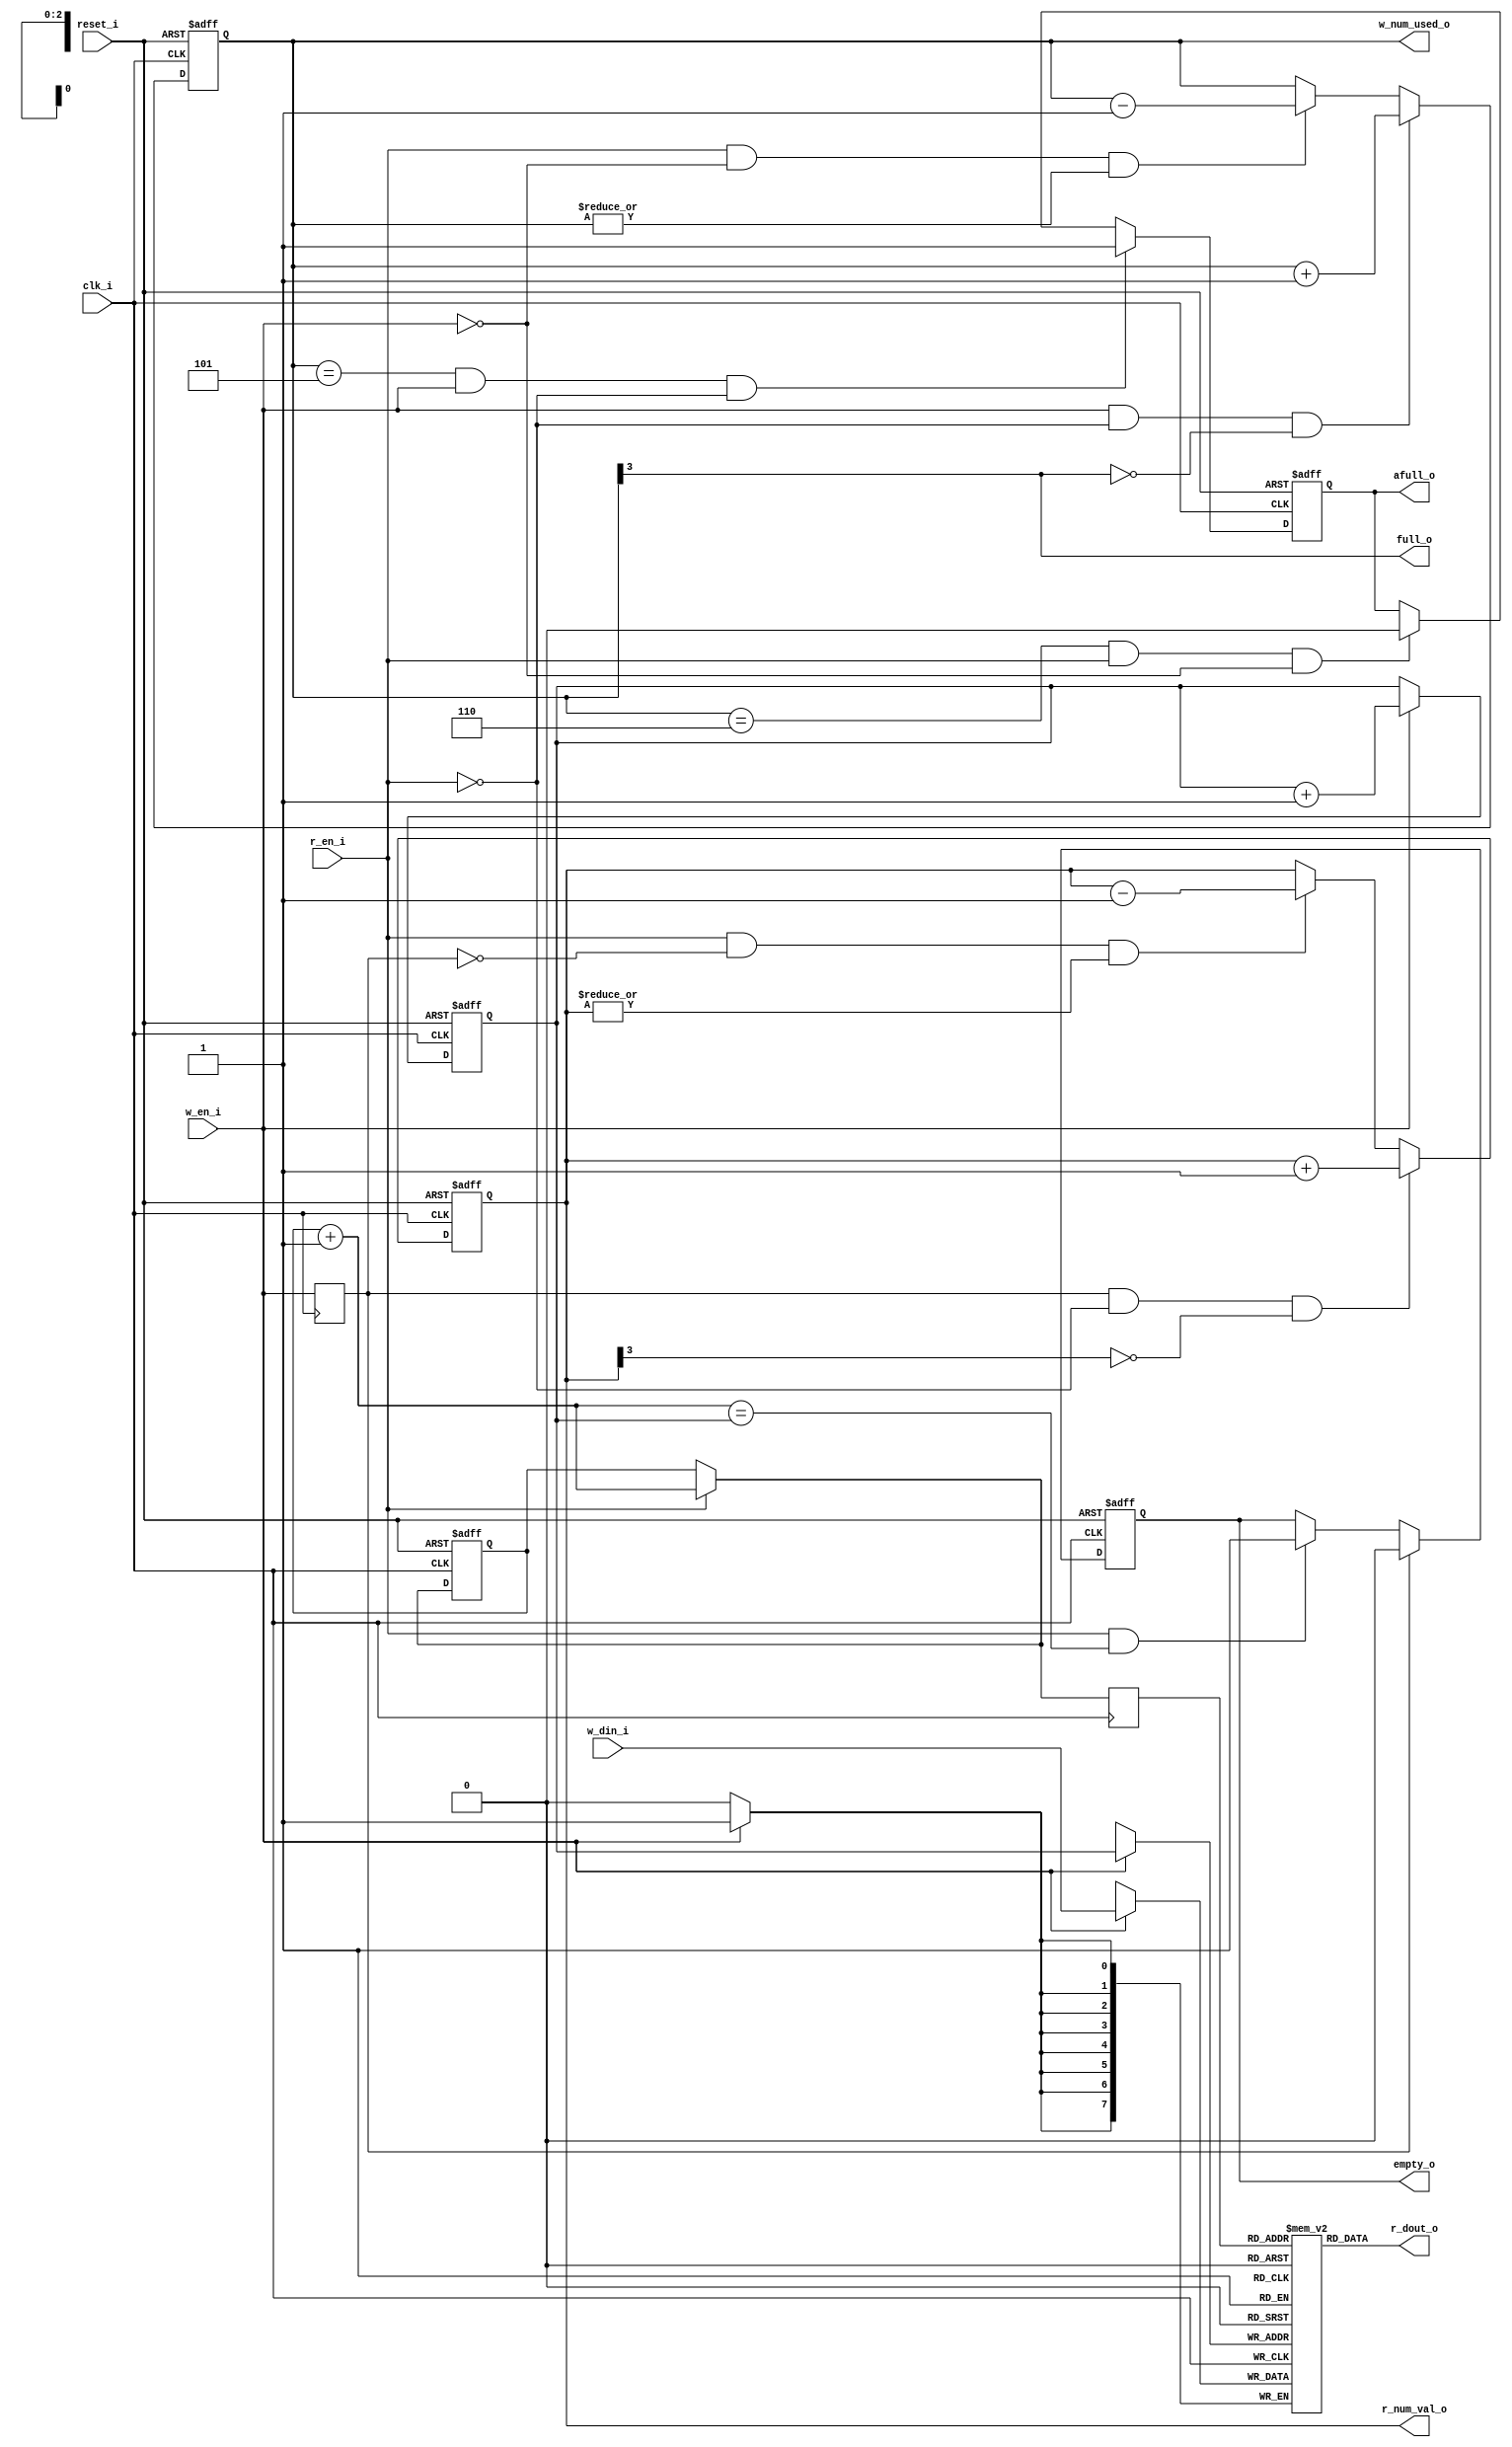
/* ============================================================
*
* Author(s):    chenfei
*				chenfei@cn.ibm.com
*
* 
* Description:  show-ahead	synchronous fifo
* ===========================================================*/

//	show-ahead	synchronous fifo

`timescale 1ns/100ps

module SYNC_FIFO_WRAPPER
(
	reset_i,
	clk_i,

	w_en_i,
	w_din_i,
	w_num_used_o,			// how many line has been used

	r_en_i,
	r_dout_o,
	r_num_val_o,			// how many line can be read

	afull_o,
	full_o,
	empty_o
);

parameter aw = 3;
parameter dw = 8;
parameter afull_t = 6;

input					reset_i;
input					clk_i;
input					w_en_i;
input	[dw-1:0]		w_din_i;
output	[aw:0]			w_num_used_o;
input					r_en_i;
output	[dw-1:0] 		r_dout_o;
output	[aw:0]			r_num_val_o;
output					afull_o;
output					full_o;
output					empty_o;


reg		[aw:0]			w_num_used_o;
reg		[aw:0]			r_num_val_o;
wire					full_o;
reg						afull_o;
reg						empty_o;


reg						w_en_dly;
wire	[aw-1:0]		write_addr;
wire	[aw-1:0]		read_addr;


reg		[aw-1:0]		raddr;
wire	[aw-1:0]		raddr_next;
reg		[aw-1:0]		waddr;
wire	[aw-1:0]		waddr_next;


assign	write_addr [aw-1:0]	= waddr [aw-1:0];
assign	waddr_next [aw-1:0]	= waddr [aw-1:0] + 1;
assign	raddr_next [aw-1:0]	= raddr [aw-1:0] + 1;
assign	read_addr [aw-1:0]	= r_en_i ? raddr_next [aw-1:0] : raddr [aw-1:0];  


always	@ (posedge clk_i)
	w_en_dly	<= w_en_i;


always	@ (posedge clk_i or posedge reset_i)
begin
	if (reset_i)
		waddr	<= 0;
	else if (w_en_i)
    	waddr 	<= waddr_next;
end


always	@ (posedge clk_i or posedge reset_i)
begin
	if (reset_i)
		raddr	<= 0;
	else if (r_en_i)
    	raddr 	<= raddr_next;
end

assign	full_o = w_num_used_o [aw];

always	@ (posedge clk_i or posedge reset_i)
begin
	if (reset_i)
		empty_o	<= 1;
	else if (w_en_dly)
		empty_o	<= 0;
	else if (r_en_i & (raddr_next == waddr))
		empty_o <= 1;
end


always	@ (posedge clk_i or posedge reset_i)
begin
	if (reset_i)
		w_num_used_o	<= 0;
	else if (w_en_i & (~r_en_i) & (~w_num_used_o [aw]))
		w_num_used_o	<= w_num_used_o + 1'b1;
	else if (r_en_i & (~w_en_i) & (|w_num_used_o))
		w_num_used_o	<= w_num_used_o - 1'b1;
end


always	@ (posedge clk_i or posedge reset_i)
begin
	if (reset_i)
		r_num_val_o	<= 0;
	else if (w_en_dly & (~r_en_i) & (~r_num_val_o [aw]))
		r_num_val_o	<= r_num_val_o + 1'b1;
	else if (r_en_i & (~w_en_dly) & (|r_num_val_o))
		r_num_val_o	<= r_num_val_o - 1'b1;
end


always	@ (posedge clk_i or posedge reset_i)
begin
	if (reset_i)
		afull_o		<= 0;
	else if ((w_num_used_o == (afull_t - 1)) & w_en_i & (~r_en_i))
		afull_o		<= 1;
	else if ((w_num_used_o == afull_t) & r_en_i & (~w_en_i))
		afull_o		<= 0;
end


//----------------------------------------------------------------------------//
//-------------------------------    RAM    ----------------------------------//
//----------------------------------------------------------------------------//



reg		[dw-1:0]		mem [(1<<aw)-1:0]; 
reg 	[aw-1:0]		addr_reg;

always @(posedge clk_i)
if (w_en_i)
	mem[write_addr] <= w_din_i;



always @(posedge clk_i)
	addr_reg <= read_addr;	

assign	r_dout_o = mem[addr_reg];


endmodule